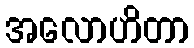
အလောဟိတာ